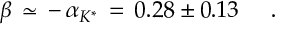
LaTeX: \beta \, \simeq \, - \, \alpha _ { K ^ { * } } \, = \, 0 . 2 8 \pm 0 . 1 3 \; \; \; \; \; .